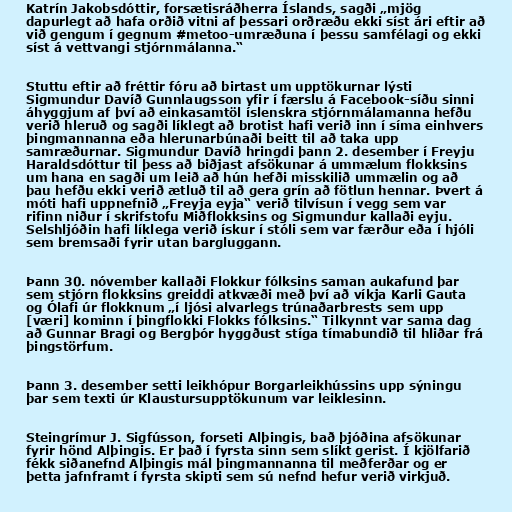
Katrín Jakobsdóttir, forsætisráðherra Íslands, sagði „mjög
dap­ur­legt að hafa orðið vitni af þess­ari orðræðu ekki síst ári eft­ir að
við geng­um í gegn­um #met­oo-umræðuna í þessu sam­fé­lagi og ekki
síst á vett­vangi stjórn­mál­anna.“

Stuttu eftir að fréttir fóru að birtast um upptökurnar lýsti
Sigmundur Davíð Gunnlaugsson yfir í færslu á Facebook-síðu sinni
áhyggjum af því að einkasamtöl íslenskra stjórnmálamanna hefðu
verið hleruð og sagði líklegt að brotist hafi verið inn í síma einhvers
þingmannanna eða hlerunarbúnaði beitt til að taka upp
samræðurnar. Sigmundur Davíð hringdi þann 2. desember í Freyju
Haraldsdóttur til þess að biðjast afsökunar á ummælum flokksins
um hana en sagði um leið að hún hefði misskilið ummælin og að
þau hefðu ekki verið ætluð til að gera grín að fötlun hennar. Þvert á
móti hafi uppnefnið „Freyja eyja“ verið tilvísun í vegg sem var
rifinn niður í skrifstofu Miðflokksins og Sigmundur kallaði eyju.
Selshljóðin hafi líklega verið ískur í stóli sem var færður eða í hjóli
sem bremsaði fyrir utan bargluggann.

Þann 30. nóvember kallaði Flokkur fólksins saman aukafund þar
sem stjórn flokksins greiddi atkvæði með því að víkja Karli Gauta
og Ólafi úr flokknum „í ljósi alvarlegs trúnaðarbrests sem upp
[væri] kominn í þingflokki Flokks fólksins.“ Tilkynnt var sama dag
að Gunnar Bragi og Bergþór hyggðust stíga tímabundið til hliðar frá
þingstörfum.

Þann 3. desember setti leikhópur Borgarleikhússins upp sýningu
þar sem texti úr Klaustursupptökunum var leiklesinn.

Steingrímur J. Sigfússon, forseti Alþingis, bað þjóðina afsökunar
fyrir hönd Alþingis. Er það í fyrsta sinn sem slíkt gerist. Í kjölfarið
fékk siðanefnd Alþingis mál þingmannanna til meðferðar og er
þetta jafnframt í fyrsta skipti sem sú nefnd hefur verið virkjuð.